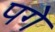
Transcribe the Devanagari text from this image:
पगे